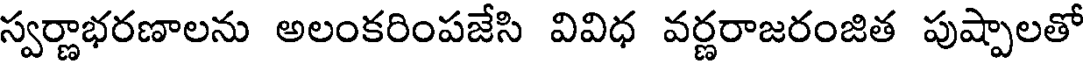
స్వర్ణాభరణాలను అలంకరింపజేసి వివిధ వర్ణరాజరంజిత పుష్పాలతో